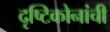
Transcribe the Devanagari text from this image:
दृष्टिकोनांची